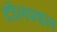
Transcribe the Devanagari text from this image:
टोलपडल